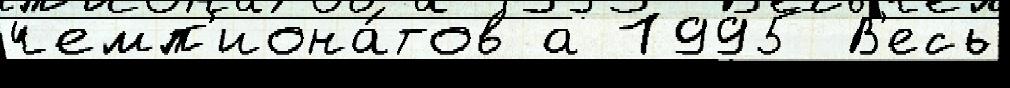
чемп'иона́тов а 1995 В'есь